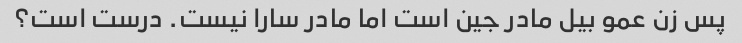
پس زن عمو بیل مادر جین است اما مادر سارا نیست. درست است؟